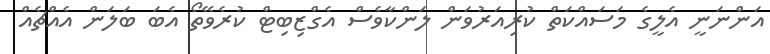
އަންނަނީ އެލީގެ މަސައްކަތް ކުރިއަރުވަން ލަންކާވެސް އެގްޒިބިޓް ކުރެވޭތޯ އެބަ ބަލަން އެއްޗެއް